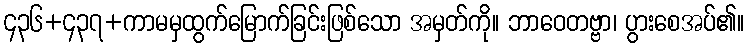
၄၃၆+၄၃၇+ကာမမှထွက်မြောက်ခြင်းဖြစ်သော အမှတ်ကို။ ဘာဝေတဗ္ဗာ၊ ပွားစေအပ်၏။